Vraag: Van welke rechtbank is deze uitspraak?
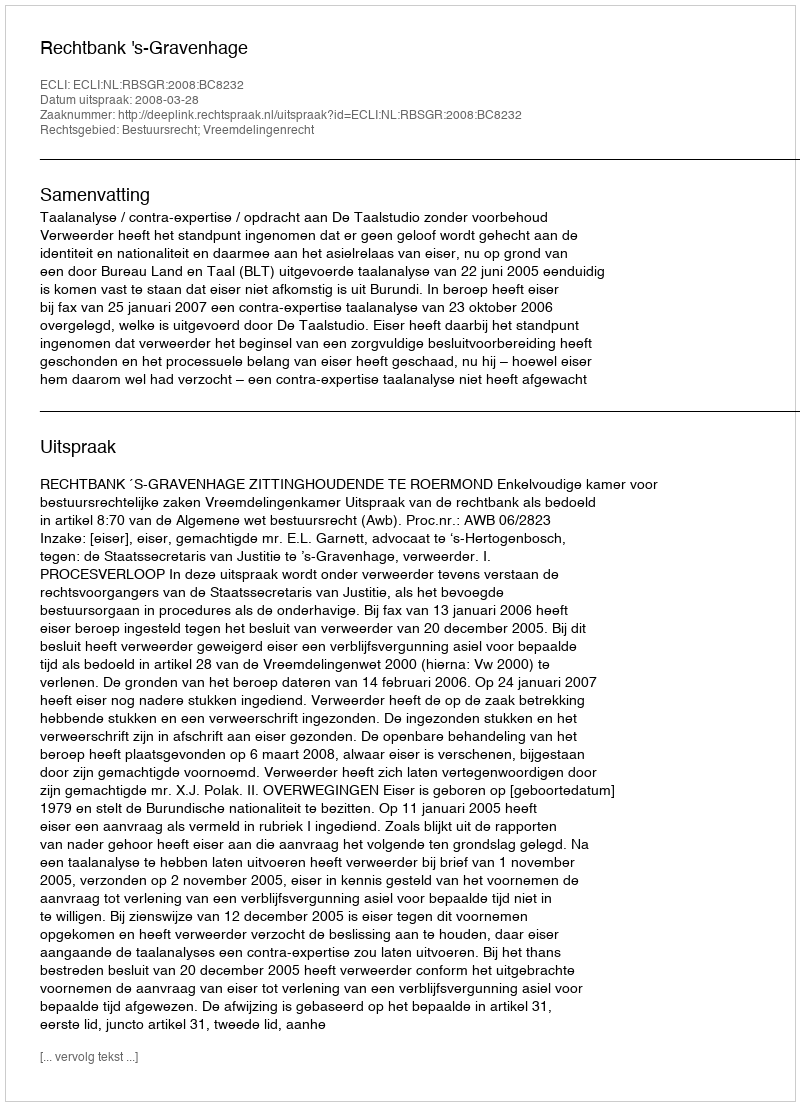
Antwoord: Rechtbank 's-Gravenhage